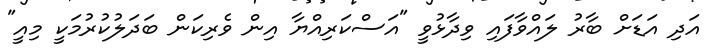
އަދި އަޑަށް ބާރު ލައްވާފައި ވިދާޅުވީ "އަސްކަރިއްޔާ އިން ވެރިކަން ބަދަލުކުރުމަކީ މިއީ"